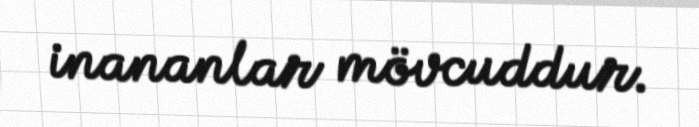
inananlar mövcuddur.